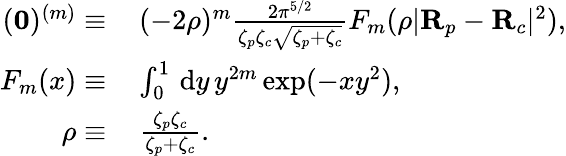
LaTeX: \begin{array}{rl}{(\mathbf{0})^{(m)}\equiv\, }&{(-2\rho)^{m}\frac{2\pi^{5/2}}{\zeta_{p}\zeta_{c}\sqrt{\zeta_{p}+\zeta_{c}}}F_{m}(\rho|\mathbf{R}_{p}-\mathbf{R}_{c}|^{2}),}\\ {F_{m}(x)\equiv\, }&{\int_{0}^{1}\, \mathrm{d}y\, y^{2m}\exp(-xy^{2}),}\\ {\rho\equiv\, }&{\frac{\zeta_{p}\zeta_{c}}{\zeta_{p}+\zeta_{c}}.}\end{array}